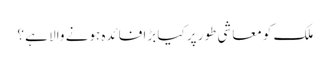
ملک کو معاشی طور پر کیا بڑا فائدہ ہونے والا ہے ؟